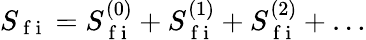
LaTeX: S_{\mathrm{~f~i~}}=S_{\mathrm{~f~i~}}^{(0)}+S_{\mathrm{~f~i~}}^{(1)}+S_{\mathrm{~f~i~}}^{(2)}+\ldots